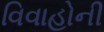
વિવાહોની